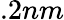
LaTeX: .2nm